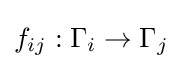
f_{ij}:\Gamma _{i}\rightarrow \Gamma _{j}